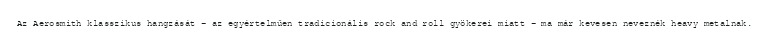
Az Aerosmith klasszikus hangzását – az egyértelműen tradicionális rock and roll gyökerei miatt – ma már kevesen neveznék heavy metalnak.